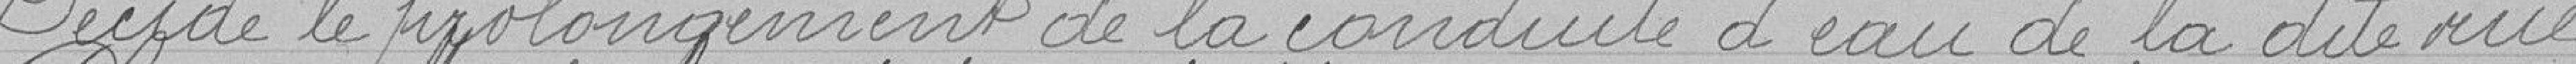
Décide le prolongement de la conduite d'eau de la dite rue